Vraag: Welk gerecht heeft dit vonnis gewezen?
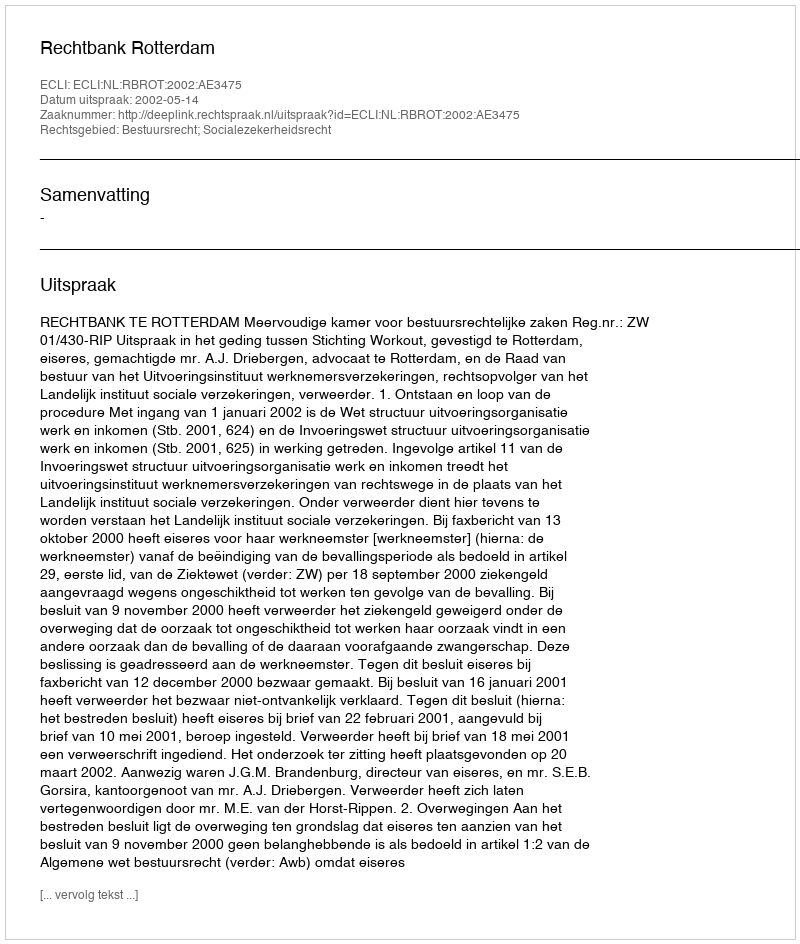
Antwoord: Rechtbank Rotterdam